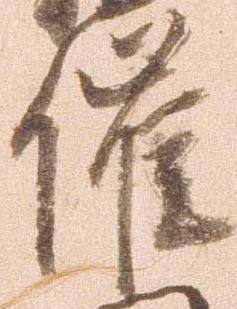
催